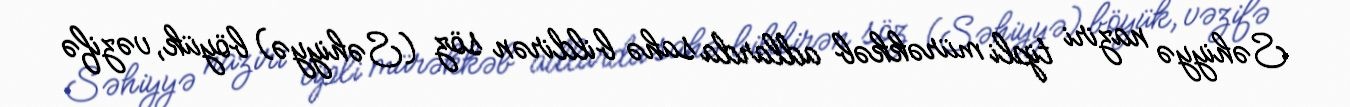
Səhiyyə naziri tipli mürəkkəb adlarda sahə bildirən söz (Səhiyyə) böyük, vəzifə